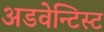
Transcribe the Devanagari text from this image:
अडवेन्टिस्ट